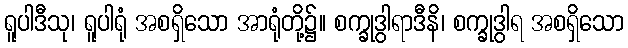
ရူပါဒီသု၊ ရူပါရုံ အစရှိသော အာရုံတို့၌။ စက္ခုဒွါရာဒီနိ၊ စက္ခုဒွါရ အစရှိသော